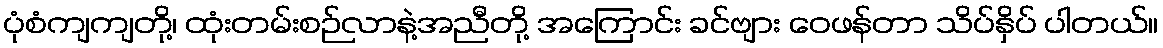
ပုံစံကျကျတို့၊ ထုံးတမ်းစဉ်လာနဲ့အညီတို့ အကြောင်း ခင်ဗျား ဝေဖန်တာ သိပ်နှိပ် ပါတယ်။